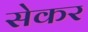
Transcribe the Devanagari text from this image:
सेकर